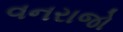
વનરાજો